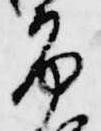
布